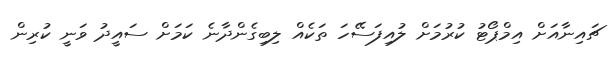
ޗައިނާއަށް އިމްޕޯޓު ކުރުމަށް ލުއިފަސޭހަ ތަކެއް ލިބިގެންދާނެ ކަމަށް ސައީދު ވަނީ ކުރިން